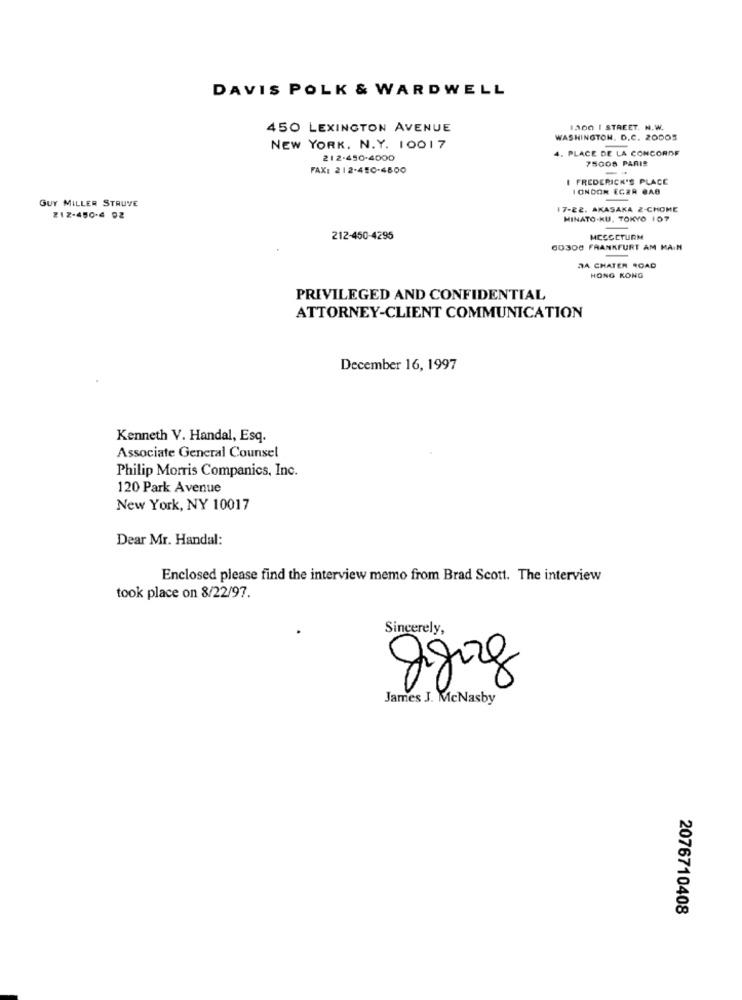
DAVIS POLK & WARDWELL
450 LEXINGTON AVENUE
1.300 | STREET. N.W.
WASHINGTON, D.C. 20005
NEW YORK, N.Y. 10017
4. PLACE DE LA CONCORDE
212-450-4000
75006 PARIS
FAX: 212-450-4800
I FREDERICK'S PLACE
LONDON ECER BAB
GUY MILLER STRUVE
17-22. AKASAKA 2-CHOME
212-450-4 92
HINATO-KU, TOKYO 107
212-450-4295
MCCGCTURM
60300 FRANKFURT AM MAIN
DA CHATER ROAD
HONG KONG
PRIVILEGED AND CONFIDENTIAL
ATTORNEY-CLIENT COMMUNICATION
December 16, 1997
Kenneth V. Handal, Esq.
Associate General Counsel
Philip Morris Companics, Inc.
120 Park Avenue
New York, NY 10017
Dear Mr. Handal:
Enclosed please find the interview memo from Brad Scott. The interview
took place on 8/22/97.
Sincerely,
X
James J. McNasby
2076710408